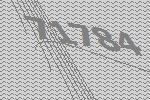
71784